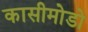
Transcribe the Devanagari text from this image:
कासीमोडो